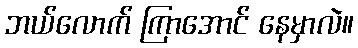
ဘယ်လောက် ကြာအောင် နေမှာလဲ။